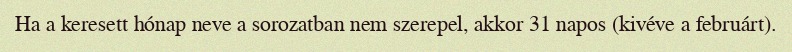
Ha a keresett hónap neve a sorozatban nem szerepel, akkor 31 napos (kivéve a februárt).